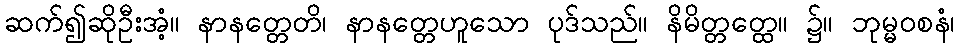
ဆက်၍ဆိုဦးအံ့။ နာနတ္တေတိ၊ နာနတ္တေဟူသော ပုဒ်သည်။ နိမိတ္တတ္ထေ။ ၌။ ဘုမ္မဝစနံ၊